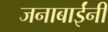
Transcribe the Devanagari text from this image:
जनाबाईंनी